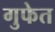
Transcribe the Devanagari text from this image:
गुफेत